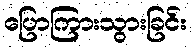
ပြောကြားသွားခြင်း